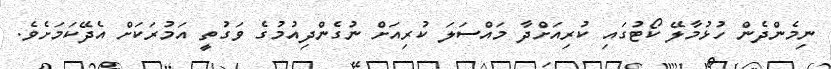
ނިމެންދެން ހުޅުމާލޭ ކޯޓުގައި ކުރިއަށްދާ މައްސަލަ ކުރިއަށް ނުގެންދިއުމުގެ ވަގުތީ އަމުރަކަށް އެދޭކަމަށެވެ.